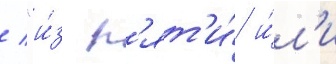
/ "и́з п'ят'и́ и́л'и